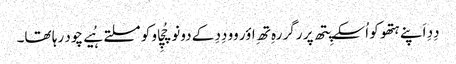
دِدِ اَپنے ہتھو کو اُسکے پِتھ پر رگر رہِ تھِ اؤر وو دِدِ کے دونو چُچِاو کو مسلتے ہُیے چود رہا تھا۔